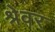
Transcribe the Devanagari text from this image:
श्रेवर